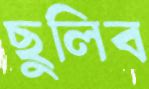
ছুলিব